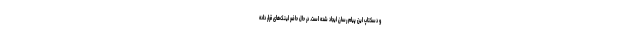
و دسکتاپ این پیام رسان ایجاد شده است. در حال حاضر لینک‌های قرار داده